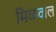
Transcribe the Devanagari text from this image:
मिळवाल